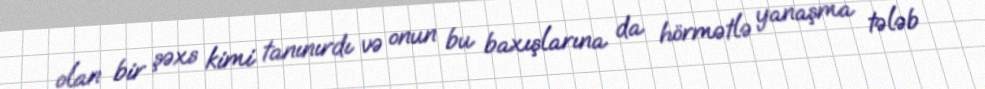
olan bir şəxs kimi tanınırdı və onun bu baxışlarına da hörmətlə yanaşma tələb